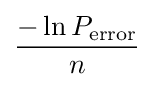
{\frac {-\ln P_{\mathrm {error} }}{n}}